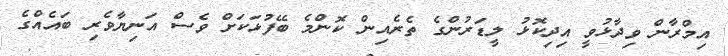
އިމްރާން ވިދާޅުވީ އިދިކޮޅު ލީޑަރުންގެ ތެރެއިން ކޮންމެ ބޭފުޅަކަށް ވެސް އަނިޔާވެރި ބައެއްގެ